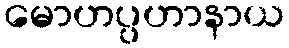
မောဟပ္ပဟာနာယ